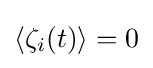
\langle \zeta _{i}(t)\rangle =0